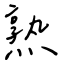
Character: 熟